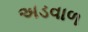
અડવાળ